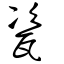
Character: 瓷